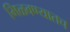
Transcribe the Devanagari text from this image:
मिळवण्यातच